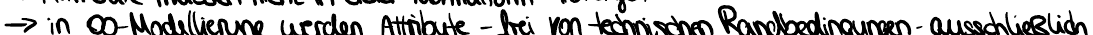
-> in OO-Modellierung werden Attribute - frei von technischen Randbedingungen - ausschließlich